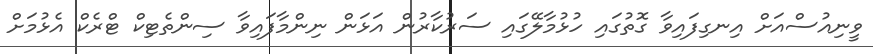
ވީނިއުސްއަށް އިނގިފައިވާ ގޮތުގައި ހުޅުމާލޭގައި ސަރުކާރުން އަޅަން ނިންމާފައިވާ ސިންތެޓިކް ޓްރެކް އެޅުމަށް